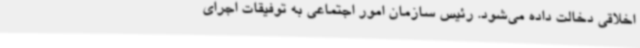
اخلاقی دخالت داده می‌شود. رئیس سازمان امور اجتماعی به توفیقات اجرای